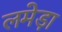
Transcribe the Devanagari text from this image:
लमेड़ा